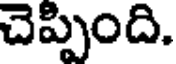
చెప్పింది.